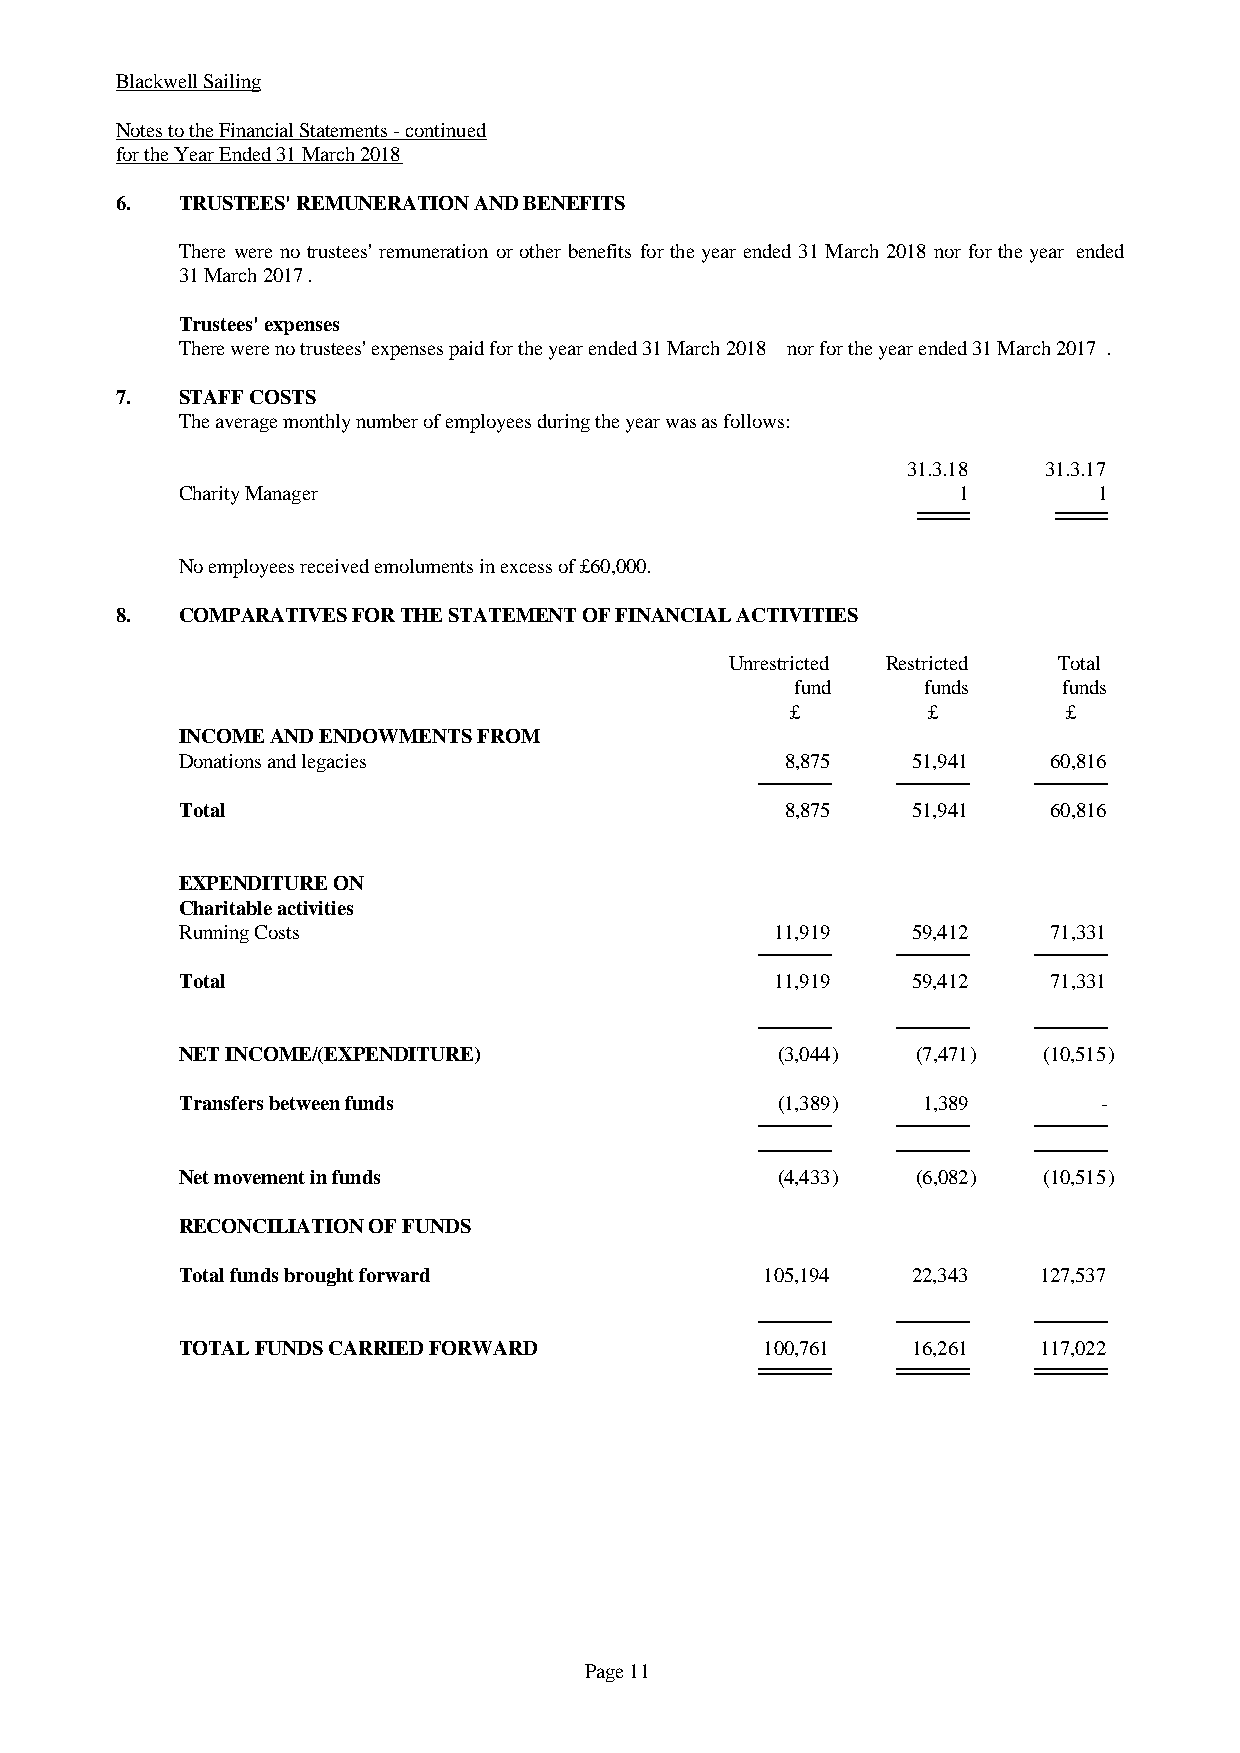
Blackwell Sailing
 Notes to the Financial Statements - continued
 for the Year Ended 31 March 2018
 6.  TRUSTEES' REMUNERATION AND BENEFITS
 There werenotrustees'remunerationorotherbenefitsfortheyearended 31March2018 norfortheyear ended
 31 March 2017.
 Trustees' expenses
 There were no trustees' expenses paid for the year ended 31 March 2018 nor for the year ended 31 March 2017.
 7.  STAFF COSTS
 The average monthly number of employees during the year was as follows:
 31.3.18  31.3.17
 Charity Manager                                     1        1
 No employees received emoluments in excess of £60,000.
 8.  COMPARATIVES FOR THE STATEMENT OF FINANCIAL ACTIVITIES
 Unrestricted Restricted Total
 fund    funds    funds
 £        £         £
 INCOME AND ENDOWMENTS FROM
 Donations and legacies                  8,875   51,941    60,816
 Total                                   8,875   51,941    60,816
 EXPENDITURE ON
 Charitable activities
 Running Costs                          11,919   59,412    71,331
 Total                                  11,919   59,412    71,331
 NET INCOME/(EXPENDITURE)               (3,044)   (7,471) (10,515)
 Transfers between funds                (1,389)   1,389       -
 Net movement in funds                  (4,433)   (6,082) (10,515)
 RECONCILIATION OF FUNDS
 Total funds brought forward            105,194  22,343   127,537
 TOTAL FUNDS CARRIED FORWARD            100,761  16,261   117,022
 Page 11